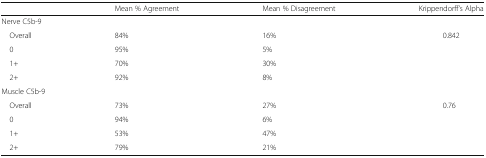
<table><thead><tr><td></td><td><b>Mean % Agreement</b></td><td><b>Mean % Disagreement</b></td><td><b>Krippendorff’s Alpha</b></td></tr></thead><tbody><tr><td colspan="4">Nerve C5b-9</td></tr><tr><td> Overall</td><td>84%</td><td>16%</td><td>0.842</td></tr><tr><td> 0</td><td>95%</td><td>5%</td><td></td></tr><tr><td> 1+</td><td>70%</td><td>30%</td><td></td></tr><tr><td> 2+</td><td>92%</td><td>8%</td><td></td></tr><tr><td colspan="4">Muscle C5b-9</td></tr><tr><td> Overall</td><td>73%</td><td>27%</td><td>0.76</td></tr><tr><td> 0</td><td>94%</td><td>6%</td><td></td></tr><tr><td> 1+</td><td>53%</td><td>47%</td><td></td></tr><tr><td> 2+</td><td>79%</td><td>21%</td><td></td></tr></tbody></table>